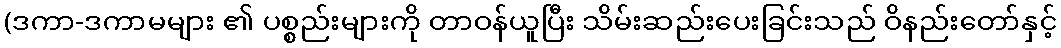
(ဒကာ-ဒကာမများ ၏ ပစ္စည်းများကို တာဝန်ယူပြီး သိမ်းဆည်းပေးခြင်းသည် ဝိနည်းတော်နှင့်